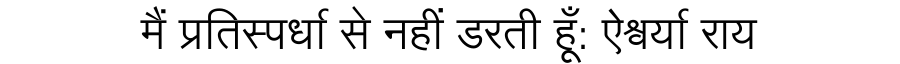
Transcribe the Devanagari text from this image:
मैं प्रतिस्पर्धा से नहीं डरती हूँ: ऐश्वर्या राय